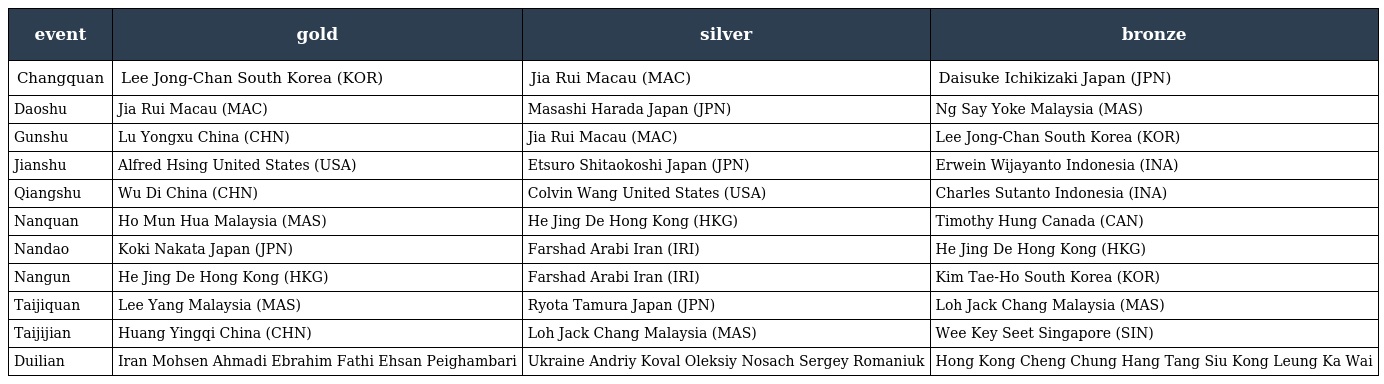
| event | gold | silver | bronze |
 | --- | --- | --- | --- |
 | Changquan | Lee Jong-Chan South Korea (KOR) | Jia Rui Macau (MAC) | Daisuke Ichikizaki Japan (JPN) |
 | Daoshu | Jia Rui Macau (MAC) | Masashi Harada Japan (JPN) | Ng Say Yoke Malaysia (MAS) |
 | Gunshu | Lu Yongxu China (CHN) | Jia Rui Macau (MAC) | Lee Jong-Chan South Korea (KOR) |
 | Jianshu | Alfred Hsing United States (USA) | Etsuro Shitaokoshi Japan (JPN) | Erwein Wijayanto Indonesia (INA) |
 | Qiangshu | Wu Di China (CHN) | Colvin Wang United States (USA) | Charles Sutanto Indonesia (INA) |
 | Nanquan | Ho Mun Hua Malaysia (MAS) | He Jing De Hong Kong (HKG) | Timothy Hung Canada (CAN) |
 | Nandao | Koki Nakata Japan (JPN) | Farshad Arabi Iran (IRI) | He Jing De Hong Kong (HKG) |
 | Nangun | He Jing De Hong Kong (HKG) | Farshad Arabi Iran (IRI) | Kim Tae-Ho South Korea (KOR) |
 | Taijiquan | Lee Yang Malaysia (MAS) | Ryota Tamura Japan (JPN) | Loh Jack Chang Malaysia (MAS) |
 | Taijijian | Huang Yingqi China (CHN) | Loh Jack Chang Malaysia (MAS) | Wee Key Seet Singapore (SIN) |
 | Duilian | Iran Mohsen Ahmadi Ebrahim Fathi Ehsan Peighambari | Ukraine Andriy Koval Oleksiy Nosach Sergey Romaniuk | Hong Kong Cheng Chung Hang Tang Siu Kong Leung Ka Wai |